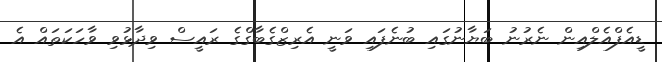
ޑީއެފްއެލްއިން ނެރުނު ބަޔާނުގައި ބުނެފައި ވަނީ އެރިޒްގެބާގްގެ ރައީސް ވިދާޅުވި ވާހަކަތައް އެ